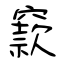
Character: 窾